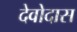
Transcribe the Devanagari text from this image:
देवोदास